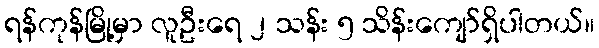
ရန်ကုန်မြို့မှာ လူဦးရေ ၂ သန်း ၅ သိန်းကျော်ရှိပါတယ်။